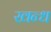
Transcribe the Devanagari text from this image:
खन्ध